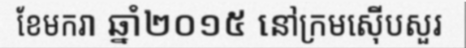
ខែមករា ឆ្នាំ២០១៥ នៅក្រមស៊ើបសួរ